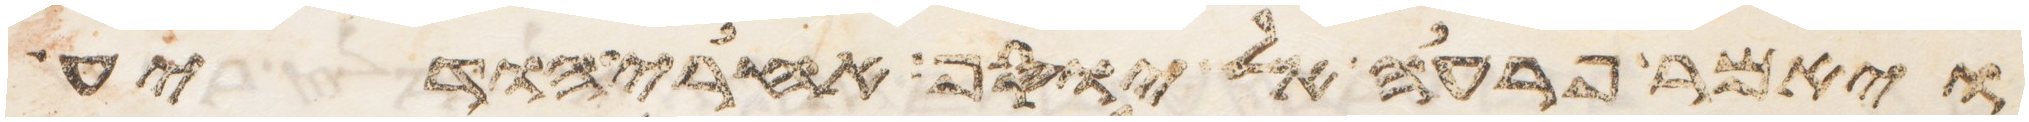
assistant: ויאמר פרעה אל יוסף אחרי הודיע